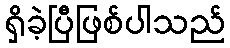
ရှိခဲ့ပြီဖြစ်ပါသည်